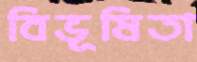
বিভূষিতা